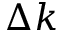
\Delta k